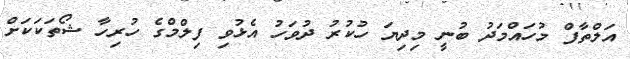
އަލްތާފް މުހައްމަދު ބުނީ މިދިޔަ ހުކުރު ދުވަހު އެޅުވި ފިލްމްގެ ހުރިހާ ޝޯތަކަކަށް